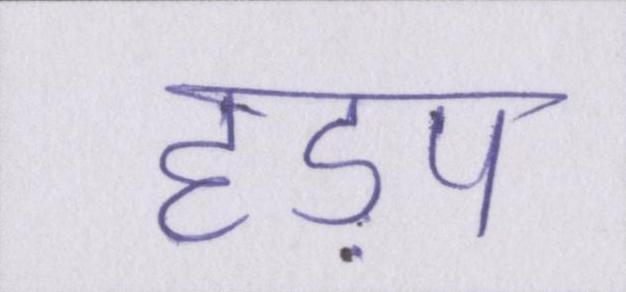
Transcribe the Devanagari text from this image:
हड़प